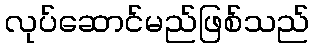
လုပ်ဆောင်မည်ဖြစ်သည်